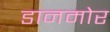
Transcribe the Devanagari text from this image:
डानमोर